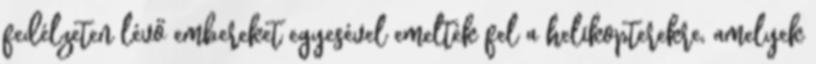
fedélzeten lévő embereket egyesével emelték fel a helikopterekre, amelyek